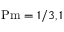
\mathrm { P m } = 1 / 3 , 1